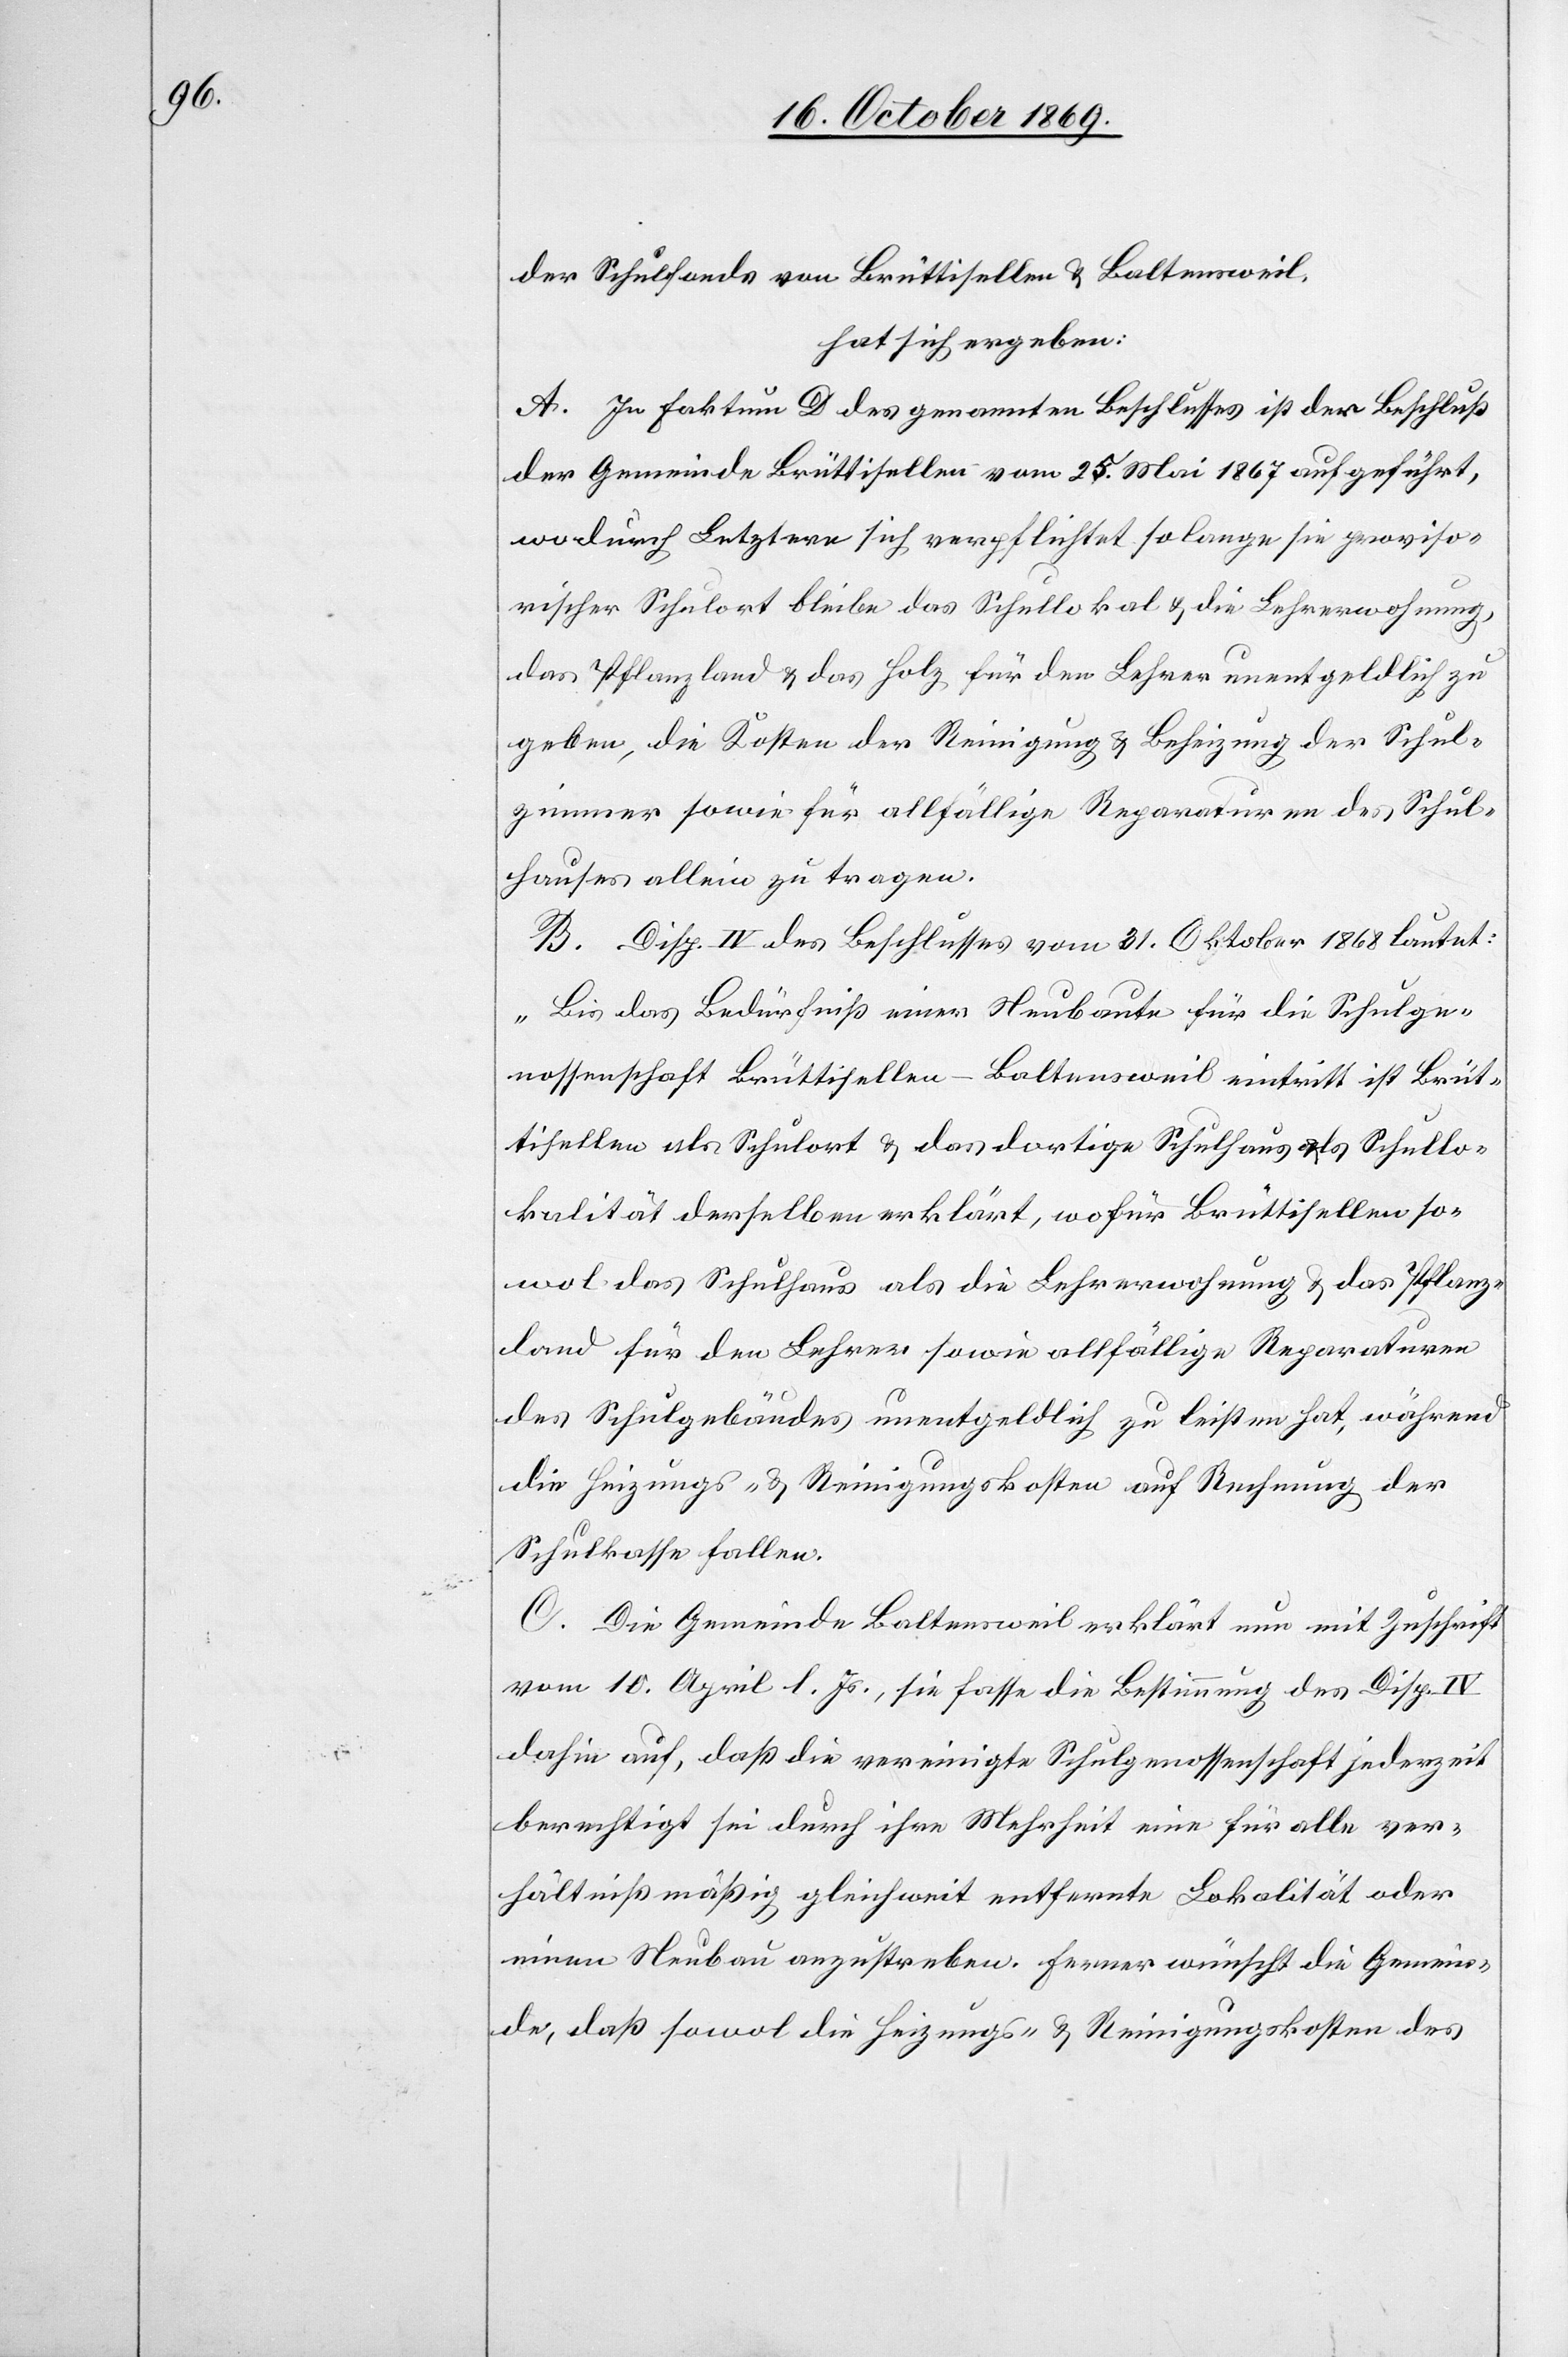
der Schulfonds von Brüttisellen & Baltensweil,
hat sich ergeben:
A. In Faktum D des genannten Beschlusses ist der Beschluß
der Gemeinde Brüttisellen vom 25. Mai 1867 aufgeführt,
wodurch Letztere sich verpflichtet so lange sie proviso¬
rischer Schulort bleibe das Schullokal & die Lehrerwohnung,
das Pflanzland & das Holz für den Lehrer unentgeldlich zu
geben, die Kosten der Reinigung & Beheizung der Schul¬
zimmer sowie für allfällige Reparaturen des Schul¬
hauses allein zu tragen.
B. Disp. IV des Beschlusses vom 31. Oktober 1868 lautet:
„Bis das Bedürfniß einer Neubaute für die Schulge¬
nossenschaft Brüttisellen – Baltensweil eintritt ist Brüt¬
tisellen als Schulort & das dortige Schulhaus als Schullo¬
kalität derselben erklärt, wofür Brüttisellen so¬
wol das Schulhaus als die Lehrerwohnung & das Pflanz¬
land für den Lehrer sowie allfällige Reparaturen
des Schulgebäudes unentgeldlich zu leisten hat, während
die Heizungs- & Reinigungskosten auf Rechnung der
Schulkasse fallen.[“]
C. Die Gemeinde Baltensweil erklärt nun mit Zuschrift
vom 10. April l. Js., sie fasse die Bestimmung des Disp. IV
dahin auf, daß die vereinigte Schulgenossenschaft jederzeit
berechtigt sei durch ihre Mehrheit eine für alle ver¬
hältnißmäßig gleichweit entfernte Lokalität oder
einen Neubau anzustreben. Ferner wünscht die Gemein¬
de, daß sowol die Heizungs- & Reinigungskosten des